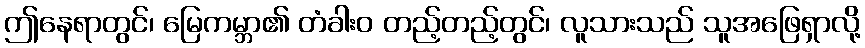
ဤနေရာတွင်၊ မြေကမ္ဘာ၏ တံခါးဝ တည့်တည့်တွင်၊ လူသားသည် သူအဖြေရှာလို့